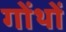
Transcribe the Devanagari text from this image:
गोंथों